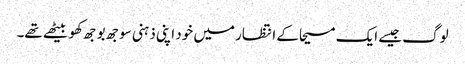
لوگ جیسے ایک مسیحا کے انتظار میں خود اپنی ذہنی سوجھ بوجھ کھو بیٹھے تھے۔